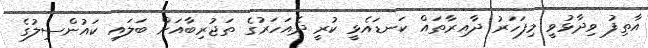
އާތިފު ވިދާޅުވީ މިފަހަރު ދާއިރާތައް ކަނޑައެޅީ ކުރީ ދެއަހަރުގެ ތަޖުރިބާއަށް ބަލައި ކައުންސިލުގެ